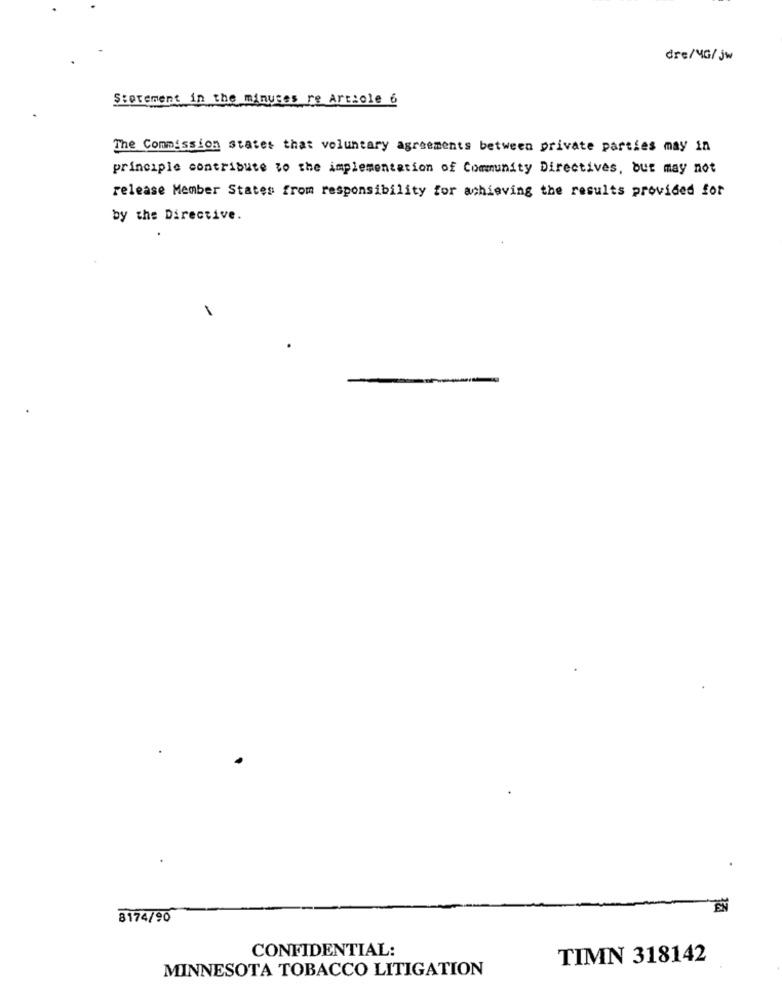
dre/MG/jw
Storement in the minutes re Article 6
The Commission states that voluntary agreements between private parties may in
principle contribute to the implementation of Community Directives, but may not
release Member States from responsibility for achieving the results provided for
by the Directive.
EN
8174/90
CONFIDENTIAL:
TIMN 318142
MINNESOTA TOBACCO LITIGATION